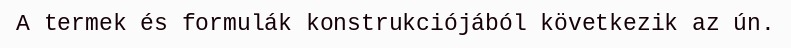
A termek és formulák konstrukciójából következik az ún.